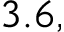
3 . 6 ,